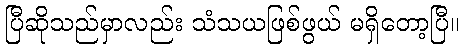
ပြီဆိုသည်မှာလည်း သံသယဖြစ်ဖွယ် မရှိတော့ပြီ။